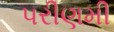
પરીણમી